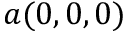
a ( 0 , 0 , 0 )